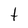
Character: t